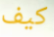
كيف